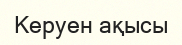
Керуен ақысы